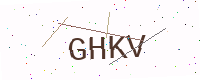
Text: GHKV